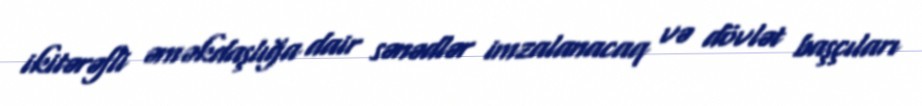
ikitərəfli əməkdaşlığa dair sənədlər imzalanacaq və dövlət başçıları